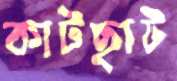
কাটছাট